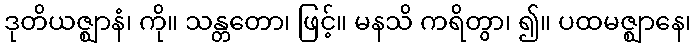
ဒုတိယဇ္ဈာနံ၊ ကို။ သန္တတော၊ ဖြင့်။ မနသိ ကရိတွာ၊ ၍။ ပထမဇ္ဈာနေ၊